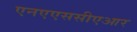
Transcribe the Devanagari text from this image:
एनएएससीएआर